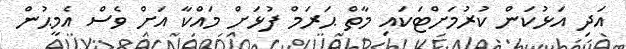
އަދި އަޅުކަން ކުރުމަށްޓަކައި މާތް ޙަރަމް ފުޅަށް މައްކާ އަށް ވެސް އެމީޙުން